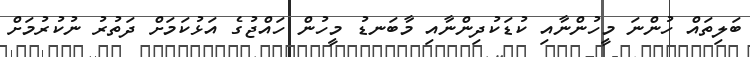
ބަލިތައް ހުންނަ މީހުންނާއި ކުޑަކުދިންނާއި މާބަނޑު މީހުން ހައްޖުގެ އަޅުކަމަށް ދަތުރު ނުކުރުމަށް